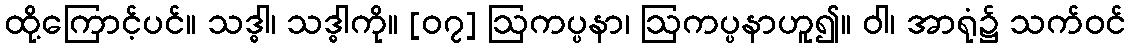
ထို့ကြောင့်ပင်။ သဒ္ဓါ၊ သဒ္ဓါကို။ [၀၇] ဩကပ္ပနာ၊ ဩကပ္ပနာဟူ၍။ ဝါ၊ အာရုံ၌ သက်ဝင်